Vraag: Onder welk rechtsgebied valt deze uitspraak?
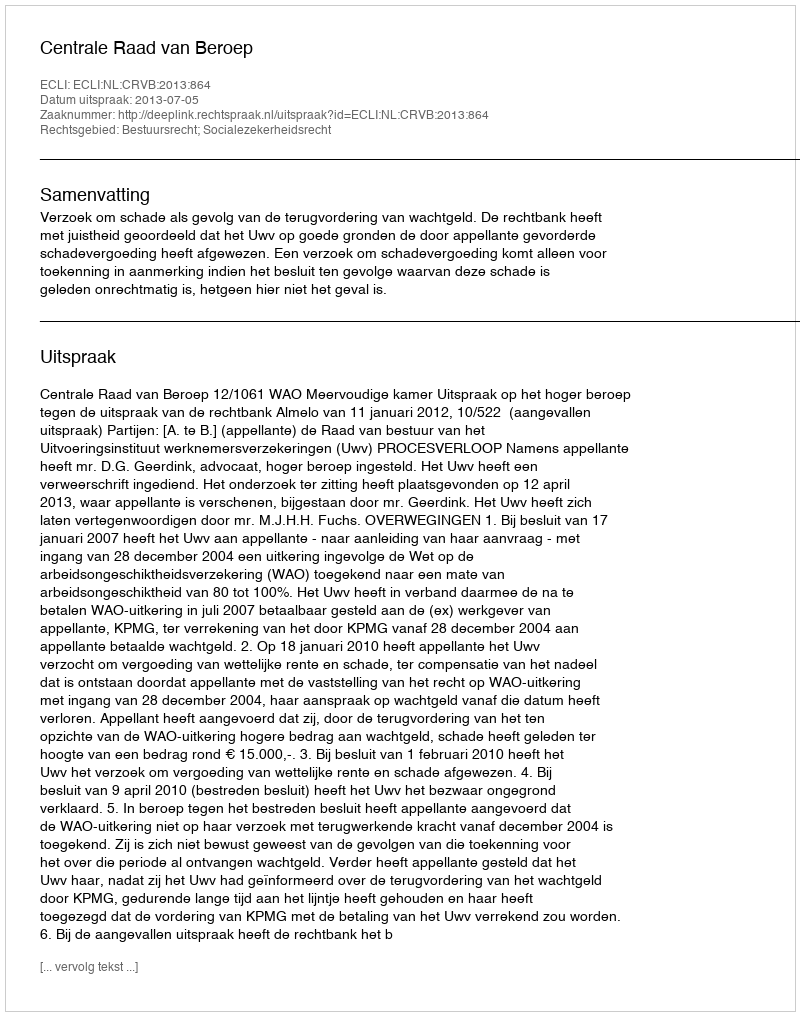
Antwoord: Bestuursrecht; Socialezekerheidsrecht